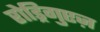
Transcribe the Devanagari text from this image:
रोड्रिगुएज़